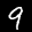
Label: 9